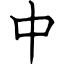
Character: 中